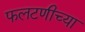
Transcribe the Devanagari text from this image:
फलटणीच्या